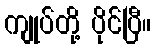
ကျုပ်တို့ ပိုင်ပြီ။